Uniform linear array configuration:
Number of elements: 12
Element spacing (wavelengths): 1
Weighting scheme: hamming
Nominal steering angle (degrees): -30
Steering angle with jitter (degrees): -29.129
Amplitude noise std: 0.05
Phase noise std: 0.05

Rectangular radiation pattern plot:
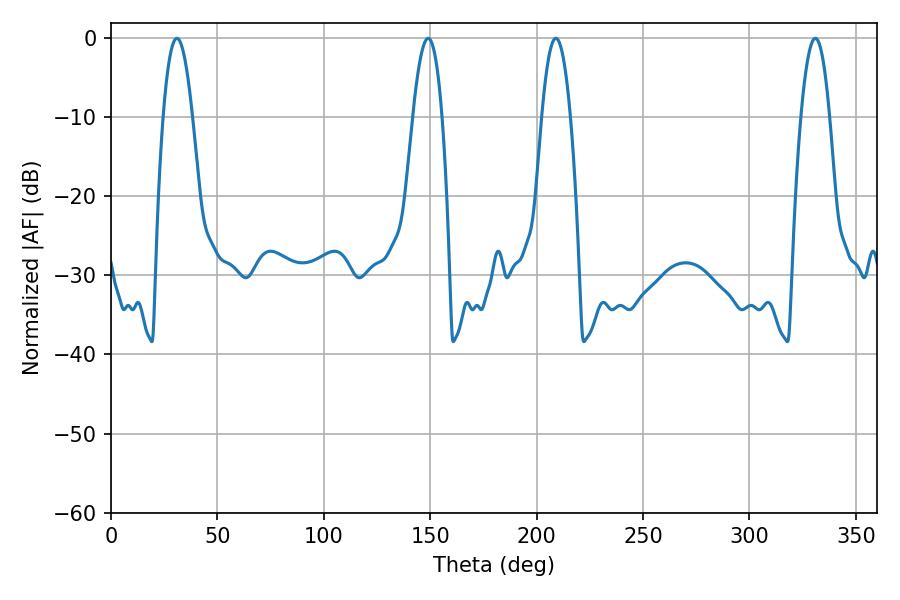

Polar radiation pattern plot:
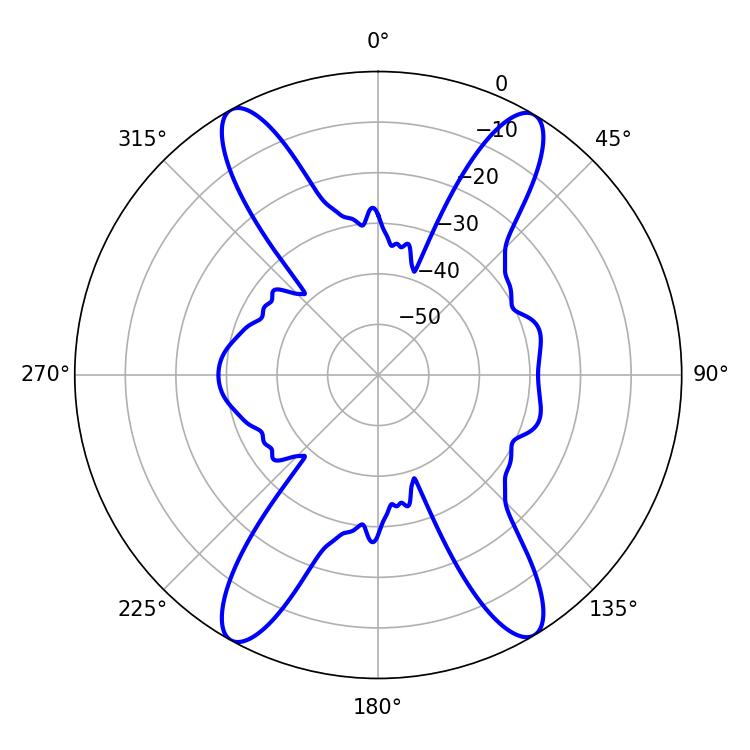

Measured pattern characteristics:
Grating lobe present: TRUE
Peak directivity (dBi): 21.634
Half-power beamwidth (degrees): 7.56
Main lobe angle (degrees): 30.96